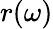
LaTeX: r(\omega)